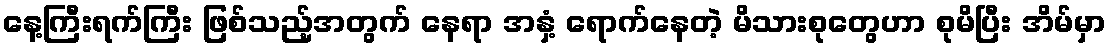
နေ့ကြီးရက်ကြီး ဖြစ်သည့်အတွက် နေရာ အနှံ့ ရောက်နေတဲ့ မိသားစုတွေဟာ စုမိပြီး အိမ်မှာ